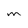
Character: M